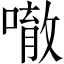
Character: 𠾀